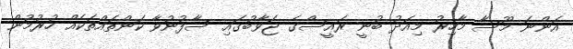
އަންނަ މޫސާ މާހިރު މިއަދު ބުނީ ރައީސްގެ ޖަވާބުގައި ސާފުނުވާ ކަންތައްތަކެއް ހުރުމުން